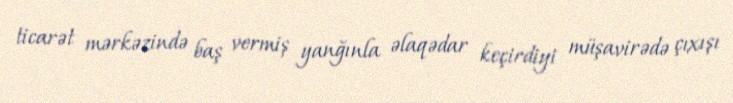
ticarət mərkəzində baş vermiş yanğınla əlaqədar keçirdiyi müşavirədə çıxışı